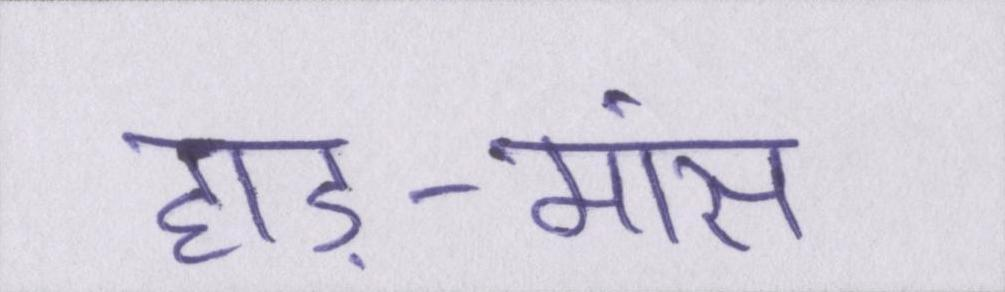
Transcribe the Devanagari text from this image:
हाड़-मांस